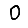
Digit: 0